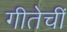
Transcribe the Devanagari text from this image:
गीतेचीं